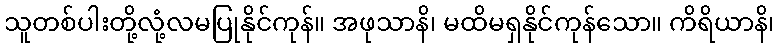
သူတစ်ပါးတို့လုံ့လမပြုနိုင်ကုန်။ အဖုသာနိ၊ မထိမရှနိုင်ကုန်သော။ ကိရိယာနိ၊